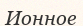
Ионное